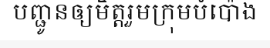
បញ្ជូនឲ្យមិត្តរួមក្រុមបំប៉ោង